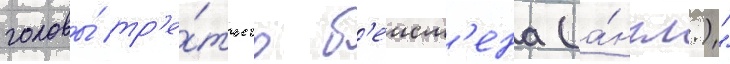
головы́ тр'е́тьего б'еисм'ена (а́нгл.)"